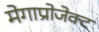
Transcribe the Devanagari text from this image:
मेगाप्रोजेक्ट